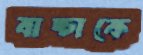
বাচ্চাকে